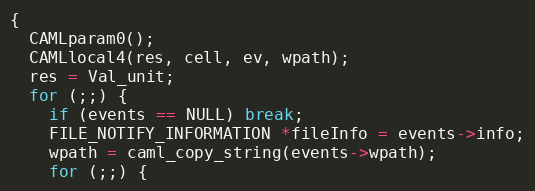
Language: C
{
  CAMLparam0();
  CAMLlocal4(res, cell, ev, wpath);
  res = Val_unit;
  for (;;) {
    if (events == NULL) break;
    FILE_NOTIFY_INFORMATION *fileInfo = events->info;
    wpath = caml_copy_string(events->wpath);
    for (;;) {